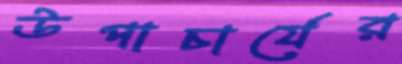
উপাচার্যের